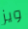
ويز